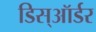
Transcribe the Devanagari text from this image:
डिस्ऑर्डर